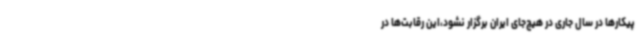
پیکارها در سال جاری در هیچ‌جای ایران برگزار نشود،این رقابت‌ها در